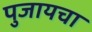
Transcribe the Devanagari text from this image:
पुजायचा